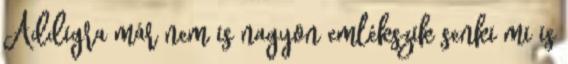
Addigra már nem is nagyon emlékszik senki mi is